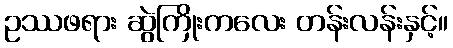
ဥဿဖရား ဆွဲကြိုးကလေး တန်းလန်းနှင့်။